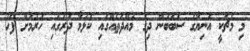
މި މެޗަކީ އަނިޔާގެ ސަބަބުން ދިގު މުއްދަތެއްގައި ކުޅުމާ ދުރުގައި ހުރުމަށް ފަހު